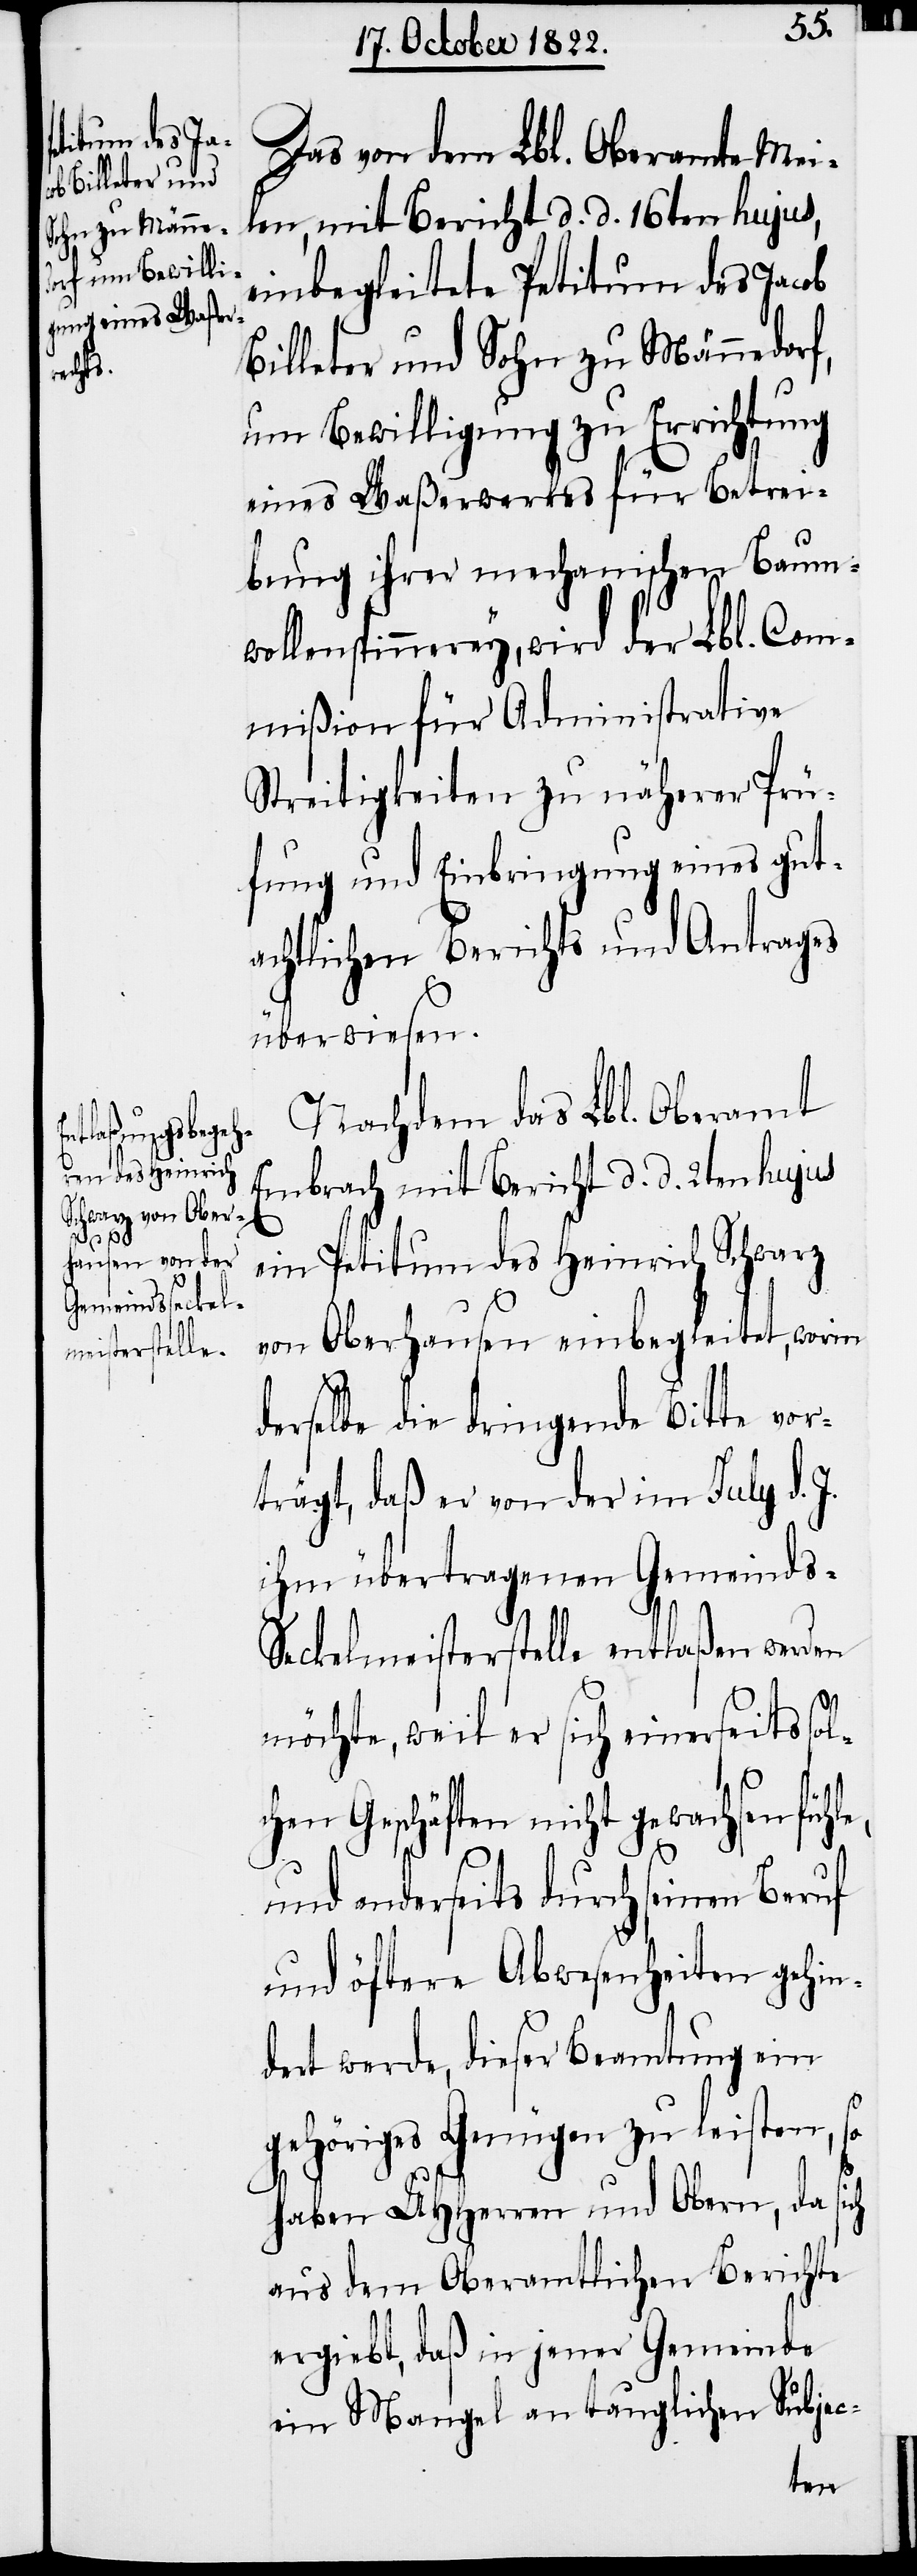
Das von dem Lbl. Oberamte Mei¬
len, mit Bericht d. d. 16ten hujus,
einbegleitete Petitum des Jacob
Billeter und Sohn zu Männedorf,
um Bewilligung zu Errichtung
eines Waßerwerkes für Betrei¬
bung ihrer mechanischen Baum¬
wollenspinnerey, wird der Lbl. Com¬
mißion für Administrative
Streitigkeiten zu näherer Prü¬
fung und Einbringung eines gut¬
achtlichen Berichts und Antrages
le,
überwiesen.
Nachdem das Lbl. Oberamt
Embrach mit Bericht d. d. 2ten hujus
ein Petitum des Heinrich Schwarz
von Oberhausen einbegleitet, worin
derselbe die dringende Bitte vor¬
trägt, daß er von der im July d.
ihm übertragenen Gemeinds-S¬
eckelmeisterstelle entlaßen werden
möchte, weil er sich einerseits sol¬
chen Geschäften nicht gewachsen füh¬
und anderseits durch seinen Beruf
und öftere Abwesenheiten gehin¬
dert werde, dieser Beamtung ein
gehöriges Genügen zu leisten, so
haben UHHerren und Obern, da
aus dem Oberamtlichen Berichte
ergiebt, daß in jener Gemeinde
ein Mangel an tauglichen Subjec-